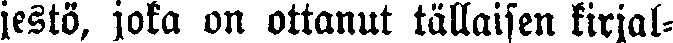
jestö, joka on ottanut tällaisen kirjal-